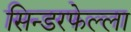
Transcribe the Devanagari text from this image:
सिन्डरफेल्ला